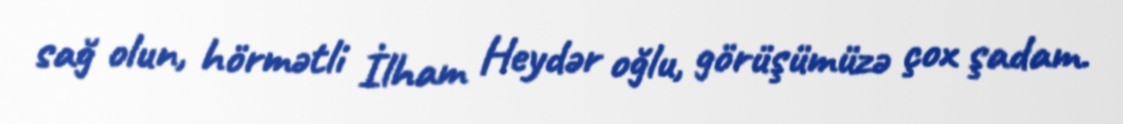
sağ olun, hörmətli İlham Heydər oğlu, görüşümüzə çox şadam.